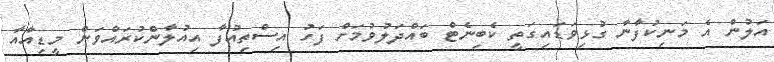
އަލުން އެ މަނިކުފާނާ ގުޅިވަޑައިގަތީ ކެބިނެޓް ބައްދަލުވުމަށް ފަހު އިސްތިއުފާ އިއުލާންކުރައްވަން މީޑިއާއާ